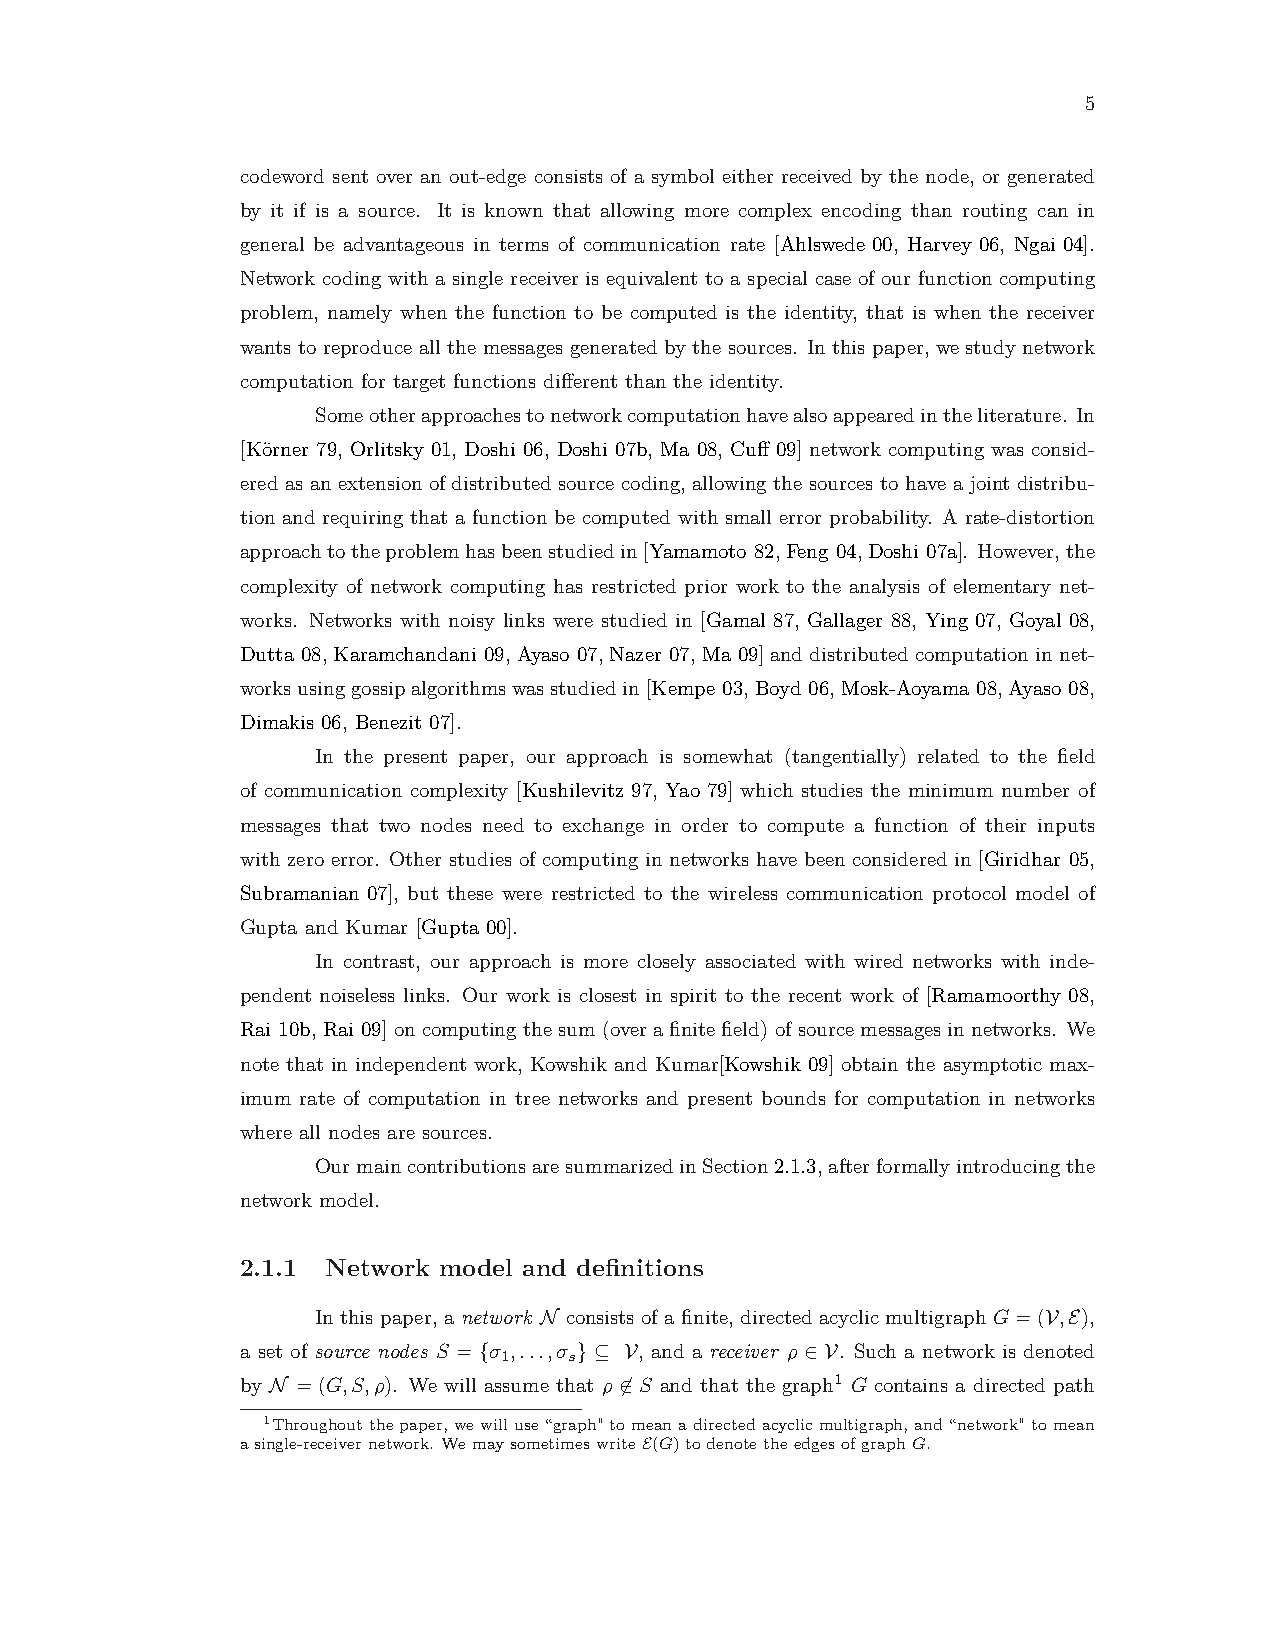
5
 codeword sent over an out-edge consists of a symbol either received by the node, or generated
 by it if is a source. It is known that allowing more complex encoding than routing can in
 general be advantageous in terms of communication rate [Ahlswede 00, Harvey 06, Ngai 04].
 Network coding with a single receiver is equivalent to a special case of our function computing
 problem, namely when the function to be computed is the identity, that is when the receiver
 wants to reproduce all the messages generated by the sources. In this paper, we study network
 computation for target functions different than the identity.
 Someotherapproachestonetworkcomputationhavealsoappearedintheliterature. In
 [Körner 79, Orlitsky 01, Doshi 06, Doshi 07b, Ma 08, Cuff 09] network computing was consid-
 ered as an extension of distributed source coding, allowing the sources to have a joint distribu-
 tion and requiring that a function be computed with small error probability. A rate-distortion
 approachtotheproblemhasbeenstudiedin[Yamamoto 82,Feng 04,Doshi 07a]. However,the
 complexity of network computing has restricted prior work to the analysis of elementary net-
 works. Networks with noisy links were studied in [Gamal 87, Gallager 88, Ying 07, Goyal 08,
 Dutta 08,Karamchandani 09,Ayaso 07,Nazer 07,Ma 09]anddistributedcomputationinnet-
 worksusinggossipalgorithmswasstudiedin[Kempe 03,Boyd 06,Mosk-Aoyama 08,Ayaso 08,
 Dimakis 06, Benezit 07].
 In the present paper, our approach is somewhat (tangentially) related to the field
 of communication complexity [Kushilevitz 97, Yao 79] which studies the minimum number of
 messages that two nodes need to exchange in order to compute a function of their inputs
 with zero error. Other studies of computing in networks have been considered in [Giridhar 05,
 Subramanian 07], but these were restricted to the wireless communication protocol model of
 Gupta and Kumar [Gupta 00].
 In contrast, our approach is more closely associated with wired networks with inde-
 pendent noiseless links. Our work is closest in spirit to the recent work of [Ramamoorthy 08,
 Rai 10b,Rai 09]oncomputingthesum(overafinitefield)ofsourcemessagesinnetworks. We
 note that in independent work, Kowshik and Kumar[Kowshik 09] obtain the asymptotic max-
 imum rate of computation in tree networks and present bounds for computation in networks
 where all nodes are sources.
 OurmaincontributionsaresummarizedinSection2.1.3,afterformallyintroducingthe
 network model.
 2.1.1 Network model and definitions
 In this paper, a network N consists of a finite, directed acyclic multigraph G=(V,E),
 a set of source nodes S = {σ ,...,σ } ⊆ V, and a receiver ρ ∈ V. Such a network is denoted
 1    s
 by N = (G,S,ρ). We will assume that ρ 6∈ S and that the graph1 G contains a directed path
 1Throughoutthepaper,wewilluse“graph"tomeanadirectedacyclicmultigraph,and“network"tomean
 asingle-receivernetwork. WemaysometimeswriteE(G)todenotetheedgesofgraphG.